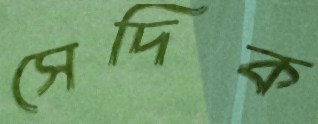
সেদিক